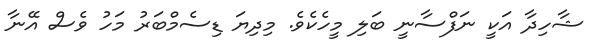
ޝާހިދާ އަކީ ނަފްސާނީ ބަލި މީހެކެވެ. މިދިޔަ ޑިސެމްބަރު މަހު ވެސް އޭނާ